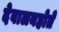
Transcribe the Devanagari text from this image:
देवालयहोते